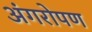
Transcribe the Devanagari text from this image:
अंगरोपण